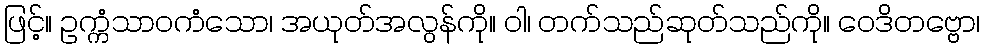
ဖြင့်။ ဥက္ကံသာဝကံသော၊ အယုတ်အလွန်ကို။ ဝါ၊ တက်သည်ဆုတ်သည်ကို။ ဝေဒိတဗ္ဗော၊